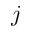
j